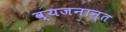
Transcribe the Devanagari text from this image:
व्यजनान्त